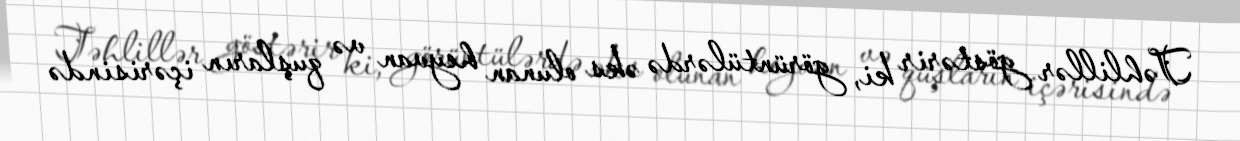
Təhlillər göstərir ki, görüntülərdə əks olunan heyvan və quşların içərisində